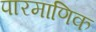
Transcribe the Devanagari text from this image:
पारमाणिक